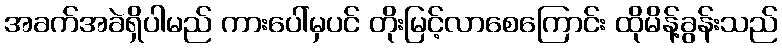
အခက်အခဲရှိပါမည် ကားပေါ်မှပင် တိုးမြင့်လာစေကြောင်း ထိုမိန့်ခွန်းသည်